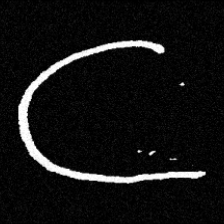
Pyu character \u2014 Myanmar letter: ဋ (romanized: tta)